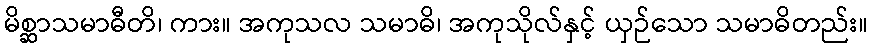
မိစ္ဆာသမာဓီတိ၊ ကား။ အကုသလ သမာဓိ၊ အကုသိုလ်နှင့် ယှဉ်သော သမာဓိတည်း။